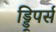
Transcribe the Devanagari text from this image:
ड्ड्रिपर्स